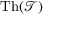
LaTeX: \operatorname { T h } ( { \mathcal { T } } )